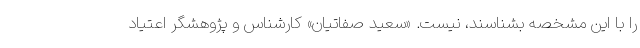
را با این مشخصه بشناسند، نیست. «سعید صفاتیان» کارشناس و پژوهشگر اعتیاد